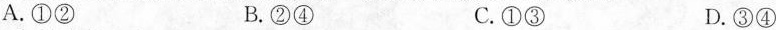
A.①② B.②④ C.①③ D.③④